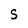
Character: s